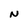
Character: N